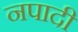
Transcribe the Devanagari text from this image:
नपादी